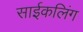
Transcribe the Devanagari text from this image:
साईकलिंग